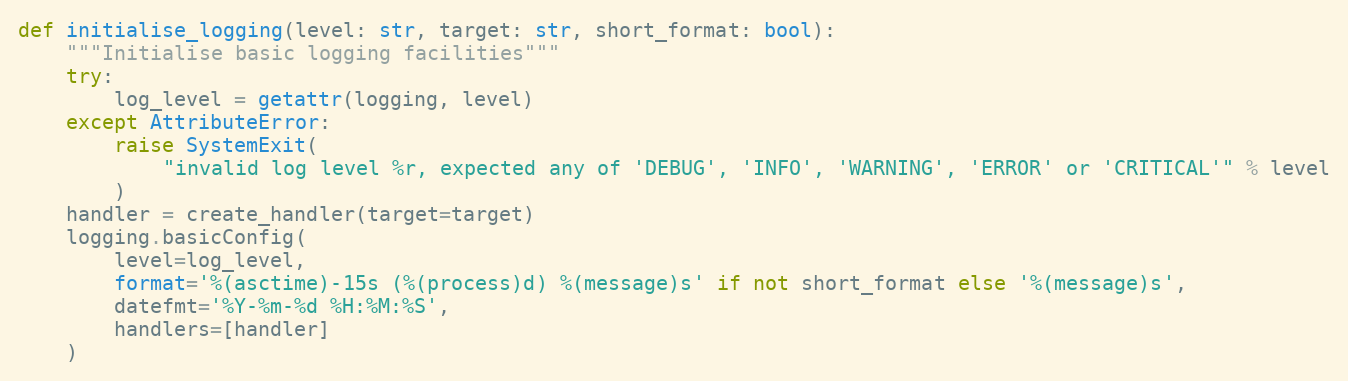
Language: Python
def initialise_logging(level: str, target: str, short_format: bool):
    """Initialise basic logging facilities"""
    try:
        log_level = getattr(logging, level)
    except AttributeError:
        raise SystemExit(
            "invalid log level %r, expected any of 'DEBUG', 'INFO', 'WARNING', 'ERROR' or 'CRITICAL'" % level
        )
    handler = create_handler(target=target)
    logging.basicConfig(
        level=log_level,
        format='%(asctime)-15s (%(process)d) %(message)s' if not short_format else '%(message)s',
        datefmt='%Y-%m-%d %H:%M:%S',
        handlers=[handler]
    )